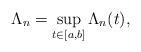
LaTeX: \begin{align*}\Lambda_{n}=\sup_{t\in [a,b]}\Lambda_{n}(t),\end{align*}